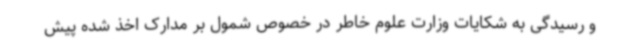
و رسیدگی به شکایات وزارت علوم خاطر در خصوص شمول بر مدارک اخذ شده پیش